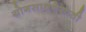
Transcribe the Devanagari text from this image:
योगसाधनेसाठी